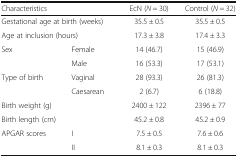
<table><thead><tr><td colspan="2"><b>Characteristics</b></td><td><b>EcN (<i>N</i> = 30)</b></td><td><b>Control (<i>N</i> = 32)</b></td></tr></thead><tbody><tr><td colspan="2">Gestational age at birth (weeks)</td><td>35.5 ± 0.5</td><td>35.5 ± 0.5</td></tr><tr><td colspan="2">Age at inclusion (hours)</td><td>17.3 ± 3.8</td><td>17.4 ± 3.3</td></tr><tr><td rowspan="2">Sex</td><td>Female</td><td>14 (46.7)</td><td>15 (46.9)</td></tr><tr><td>Male</td><td>16 (53.3)</td><td>17 (53.1)</td></tr><tr><td rowspan="2">Type of birth</td><td>Vaginal</td><td>28 (93.3)</td><td>26 (81.3)</td></tr><tr><td>Caesarean</td><td>2 (6.7)</td><td>6 (18.8)</td></tr><tr><td colspan="2">Birth weight (g)</td><td>2400 ± 122</td><td>2396 ± 77</td></tr><tr><td colspan="2">Birth length (cm)</td><td>45.2 ± 0.8</td><td>45.2 ± 0.9</td></tr><tr><td rowspan="2">APGAR scores</td><td>I</td><td>7.5 ± 0.5</td><td>7.6 ± 0.6</td></tr><tr><td>II</td><td>8.1 ± 0.3</td><td>8.1 ± 0.3</td></tr></tbody></table>